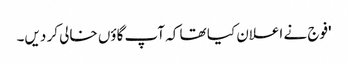
'فوج نے اعلان کیا تھا کہ آپ گاؤں خالی کر دیں۔